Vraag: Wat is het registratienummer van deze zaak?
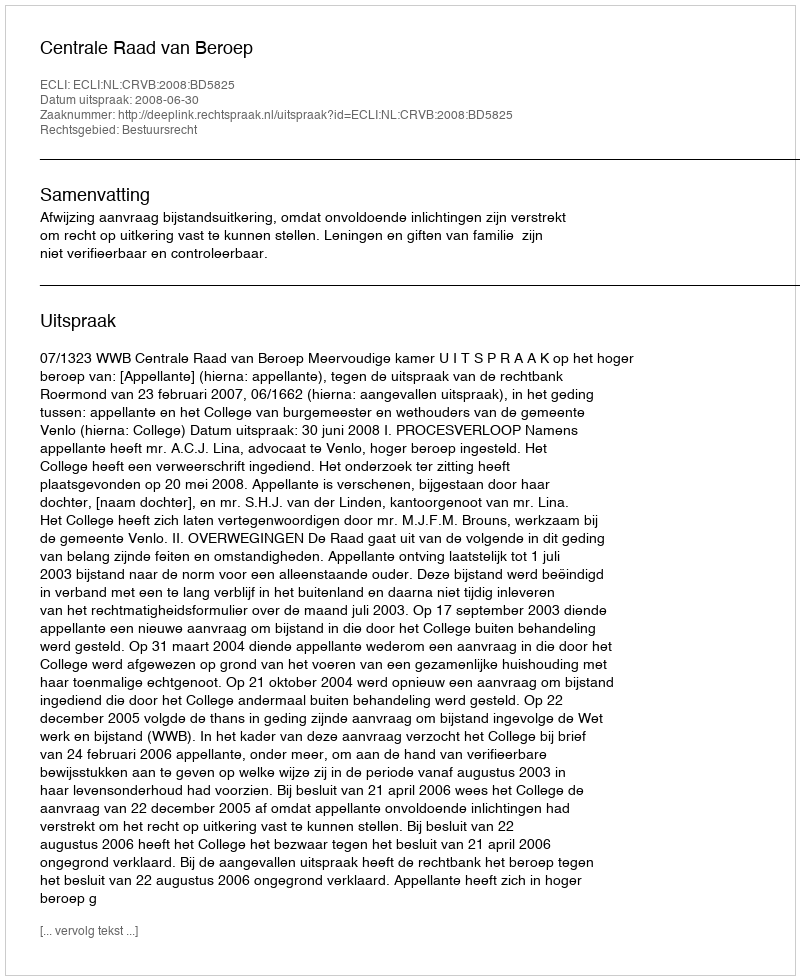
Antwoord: http://deeplink.rechtspraak.nl/uitspraak?id=ECLI:NL:CRVB:2008:BD5825